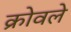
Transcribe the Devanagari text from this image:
क्रोवले